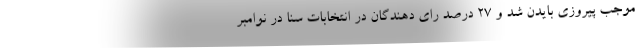
موجب پیروزی بایدن شد و 27 درصد رای دهندگان در انتخابات سنا در نوامبر